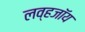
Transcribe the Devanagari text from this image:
लव्हजॉय